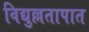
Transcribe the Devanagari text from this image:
विद्युल्लतापात